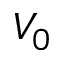
V _ { 0 }